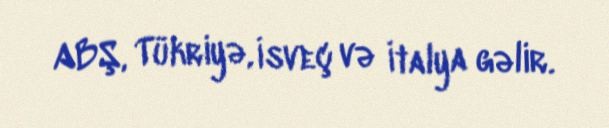
ABŞ, Tükriyə, İsveç və İtalya gəlir.